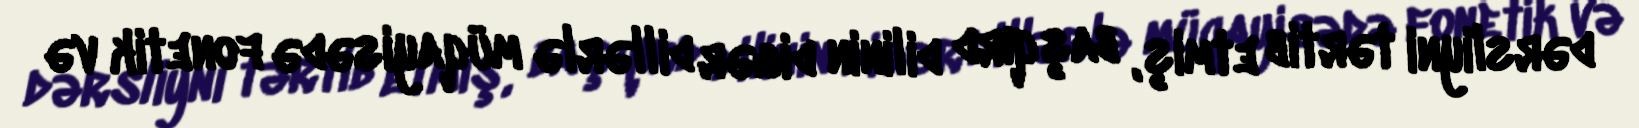
dərsliyni tərtib etmiş, başqırd dilinin digər dillərlə müqayisədə fonetik və